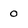
Character: 0